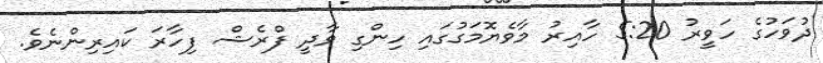
ދުވަހުގެ ހަވީރު 5:20 ހާއިރު މާވެޔޮމަގުގައި ހިންގި ވާދީ ފްރެޝް ފިހާރަ ކައިރިންނެވެ.